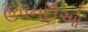
ઉપનદીઓ